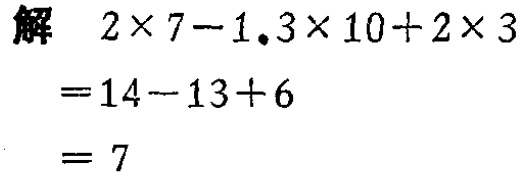
\[

\begin{align*}

&解\quad 2\times 7 - 1.3\times 10 + 2\times 3\\

&=14 - 13 + 6\\

&= 7

\end{align*}

\]